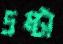
দ্রষ্টা